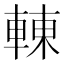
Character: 𨌿